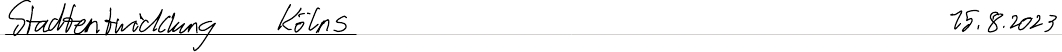
Stadtentwicklung Kölns   15.8.2023